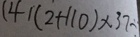
( 4 ) ( 2 + 1 1 0 ) \times 3 7 -